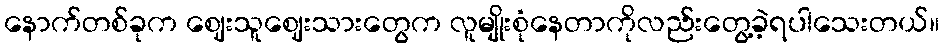
နောက်တစ်ခုက ဈေးသူဈေးသားတွေက လူမျိုးစုံနေတာကိုလည်းတွေ့ခဲ့ရပါသေးတယ်။